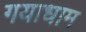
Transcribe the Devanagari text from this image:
गयाधाम